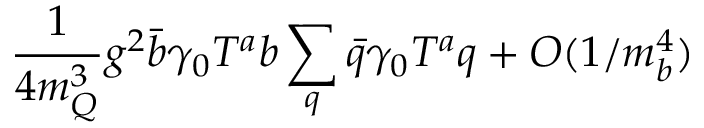
\frac { 1 } { 4 m _ { Q } ^ { 3 } } g ^ { 2 } \bar { b } \gamma _ { 0 } T ^ { a } b \sum _ { q } \bar { q } \gamma _ { 0 } T ^ { a } q + { \cal O } ( 1 / m _ { b } ^ { 4 } )